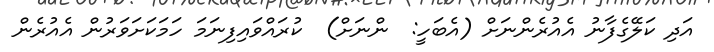
އަދި ކަލޭގެފާނު އެއުރެންނަށް (އެބަހީ:  ންނަށް)  ކުރައްވައިފިނަމަ ހަމަކަށަވަރުން އެއުރެން